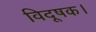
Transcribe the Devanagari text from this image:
विदूषक।